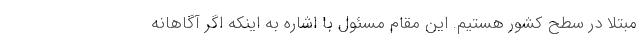
مبتلا در سطح کشور هستیم. این مقام مسئول با اشاره به اینکه اگر آگاهانه